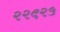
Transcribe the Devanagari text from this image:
२२९२५